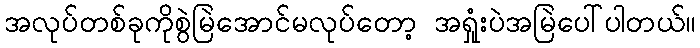
အလုပ်တစ်ခုကိုစွဲမြဲအောင်မလုပ်တော့ အရှုံးပဲအမြဲပေါ်ပါတယ်။